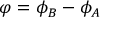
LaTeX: \varphi = \phi _ { B } - \phi _ { A }